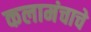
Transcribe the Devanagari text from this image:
कलामंचाचे